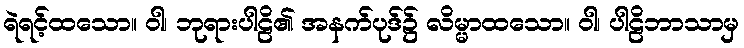
ရဲရင့်ထသော။ ဝါ၊ ဘုရားပါဠိ၏ အနက်ပုဒ်၌ လိမ္မာထသော။ ဝါ၊ ပါဠိဘာသာမှ